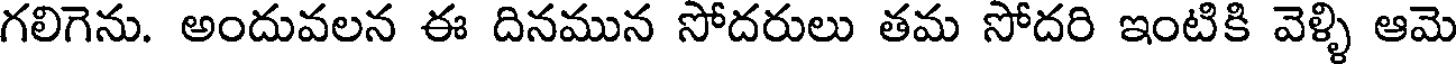
గలిగెను. అందువలన ఈ దినమున సోదరులు తమ సోదరి ఇంటికి వెళ్ళి ఆమె